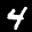
Label: 4